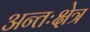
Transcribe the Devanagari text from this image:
अन्तःक्षेत्र